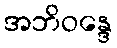
အဘိဝန္ဒေ